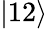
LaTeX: \lvert 12\rangle